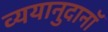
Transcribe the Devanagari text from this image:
व्ययानुदानॉ